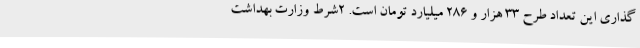
گذاری این تعداد طرح 33 هزار و 286 میلیارد تومان است. 2شرط وزارت بهداشت